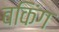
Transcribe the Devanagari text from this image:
बकिंग